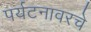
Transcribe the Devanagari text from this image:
पर्यटनावरचे